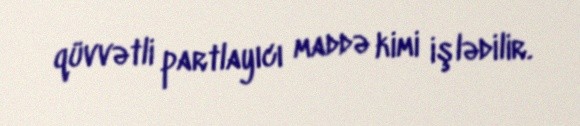
qüvvətli partlayıcı maddə kimi işlədilir.